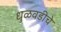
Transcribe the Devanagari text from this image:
धुळवडीचे